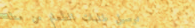
توصيل طلبات الطعام من مطا